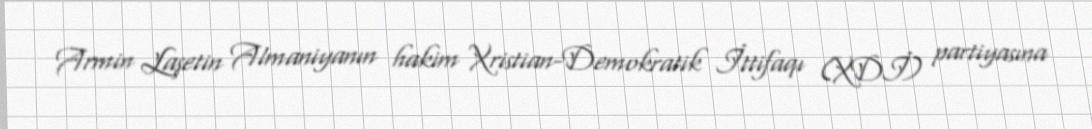
Armin Laşetin Almaniyanın hakim Xristian-Demokratik İttifaqı (XDİ) partiyasına